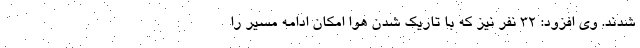
شدند. وی افزود: ۳۲ نفر نیز که با تاریک شدن هوا امکان ادامه مسیر را